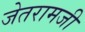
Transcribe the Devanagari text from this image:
जेतरामजी